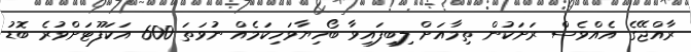
ރާއްޖޭގެ އެއްވެސް ރަށަކުން ތިމާއަށް ލިބިފައިވާ ބޯހިޔާވަހިކަމެއް ނުވަތަ 600 އަކަފޫޓަށްވުރެ ބޮޑު